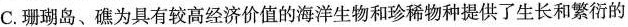
C.珊瑚岛、礁为具有较高经济价值的海洋生物和珍稀物种提供了生长和繁衍的